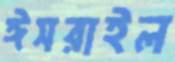
ঈসরাইল